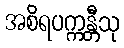
အစိရပက္ကန္တီသု